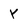
Character: y